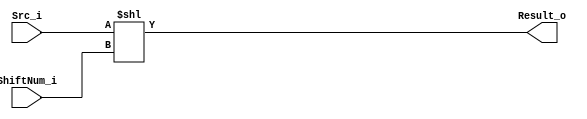
module Shifter(
    input [31:0] Src_i,
    input [4:0] ShiftNum_i,
    output [31:0] Result_o
);

assign Result_o = Src_i << ShiftNum_i;

endmodule